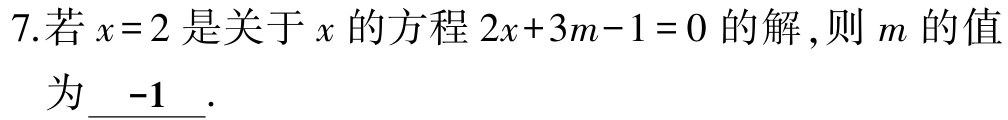
7.若\(x = 2\)是关于\(x\)的方程\(2x + 3m - 1 = 0\)的解，则\(m\)的值为\(\underline{ -1}\).